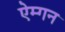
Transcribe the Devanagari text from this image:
ऐम्गन